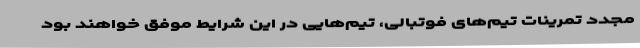
مجدد تمرینات تیم‌های فوتبالی، تیم‌هایی در این شرایط موفق خواهند بود